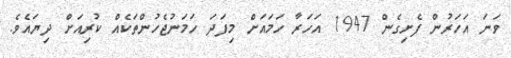
ވަނަ އަހަރުން ފެށިގެން 1947 އަހަރާ ހަމައަށް މިފަދަ ހަމަނުޖެހުންތަކެއް ކުރިއަށް ދިޔައެވެ.